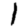
Digit: 1